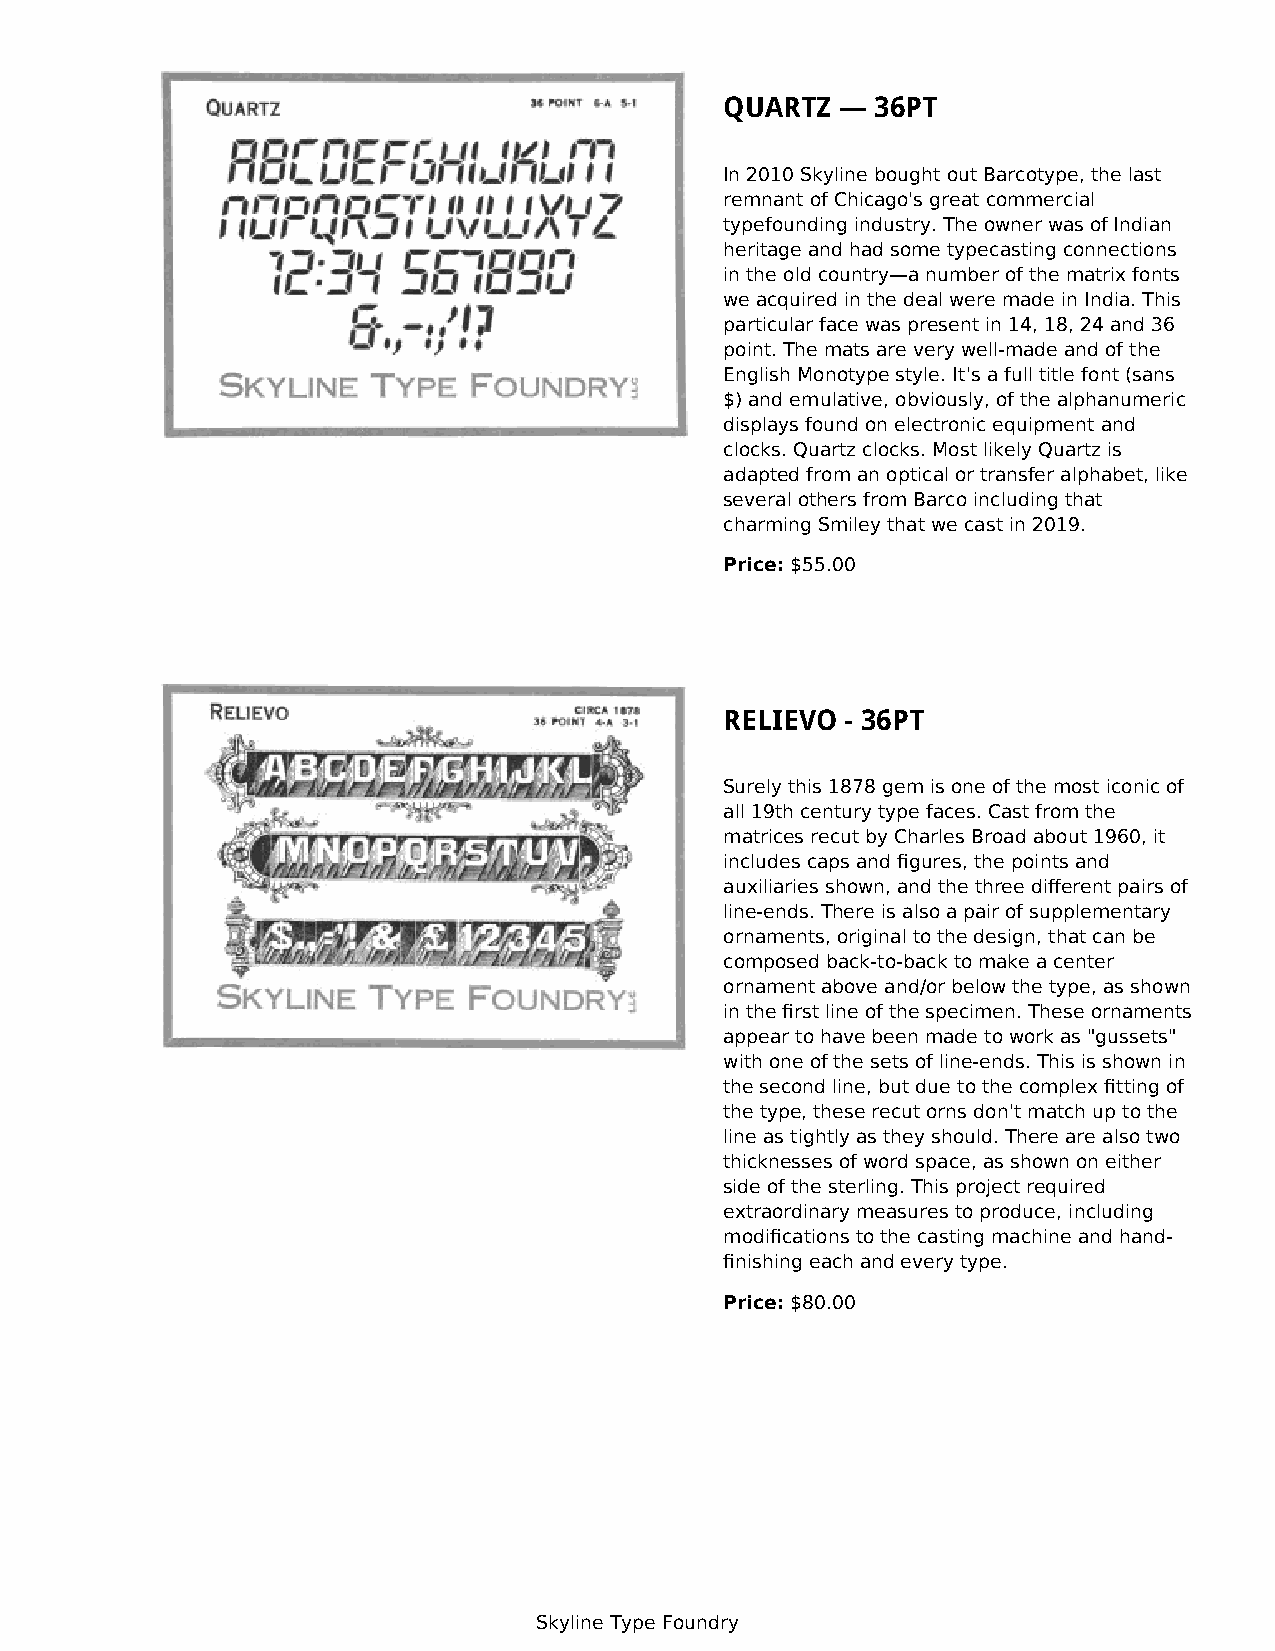
QUARTZ  — 36PT
 In 2010 Skyline bought out Barcotype, the last
 remnant of Chicago's great commercial
 typefounding industry. The owner was of Indian
 heritage and had some typecasting connections
 in the old country—a number of the matrix fonts
 we acquired in the deal were made in India. This
 particular face was present in 14, 18, 24 and 36
 point. The mats are very well-made and of the
 English Monotype style. It's a full title font (sans
 $) and emulative, obviously, of the alphanumeric
 displays found on electronic equipment and
 clocks. Quartz clocks. Most likely Quartz is
 adapted from an optical or transfer alphabet, like
 several others from Barco including that
 charming Smiley that we cast in 2019.
 Price: $55.00
 RELIEVO - 36PT
 Surely this 1878 gem is one of the most iconic of
 all 19th century type faces. Cast from the
 matrices recut by Charles Broad about 1960, it
 includes caps and figures, the points and
 auxiliaries shown, and the three different pairs of
 line-ends. There is also a pair of supplementary
 ornaments, original to the design, that can be
 composed back-to-back to make a center
 ornament above and/or below the type, as shown
 in the first line of the specimen. These ornaments
 appear to have been made to work as "gussets"
 with one of the sets of line-ends. This is shown in
 the second line, but due to the complex fitting of
 the type, these recut orns don't match up to the
 line as tightly as they should. There are also two
 thicknesses of word space, as shown on either
 side of the sterling. This project required
 extraordinary measures to produce, including
 modifications to the casting machine and hand-
 finishing each and every type.
 Price: $80.00
 Skyline Type Foundry